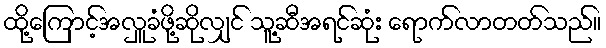
ထို့ကြောင့်အလှူခံဖို့ဆိုလျှင် သူ့ဆီအရင်ဆုံး ရောက်လာတတ်သည်။